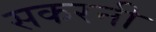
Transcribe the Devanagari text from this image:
सकरनी